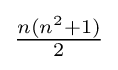
{\tfrac {n(n^{2}+1)}{2}}